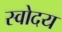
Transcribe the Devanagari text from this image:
स्वोदय